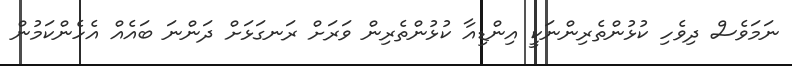
ނަމަވެސް ދިވެހި ކުޅުންތެރިންނަކީ އިންޑިއާ ކުޅުންތެރިން ވަރަށް ރަނގަޅަށް ދަންނަ ބައެއް އެހެންކަމުން